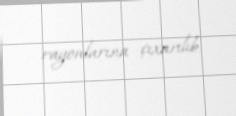
rayonlarına çıxarılıb.